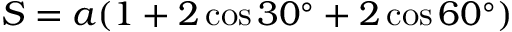
S = a ( 1 + 2 \cos { 3 0 ^ { \circ } } + 2 \cos { 6 0 ^ { \circ } } )